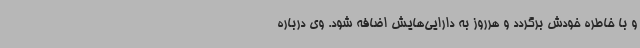
و با خاطره خودش برگردد و هرروز به دارایی‌هایش اضافه شود. وی درباره